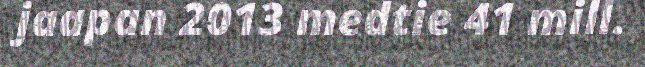
jaapan 2013 medtie 41 mill.